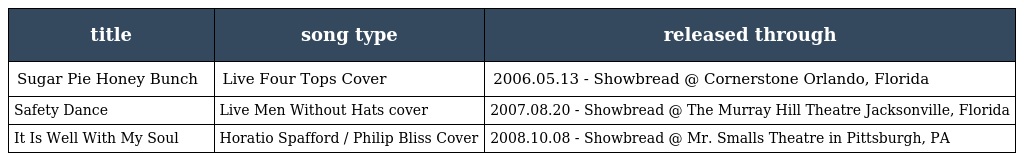
| title | song type | released through |
 | --- | --- | --- |
 | Sugar Pie Honey Bunch | Live Four Tops Cover | 2006.05.13 - Showbread @ Cornerstone Orlando, Florida |
 | Safety Dance | Live Men Without Hats cover | 2007.08.20 - Showbread @ The Murray Hill Theatre Jacksonville, Florida |
 | It Is Well With My Soul | Horatio Spafford / Philip Bliss Cover | 2008.10.08 - Showbread @ Mr. Smalls Theatre in Pittsburgh, PA |